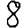
Digit: 8